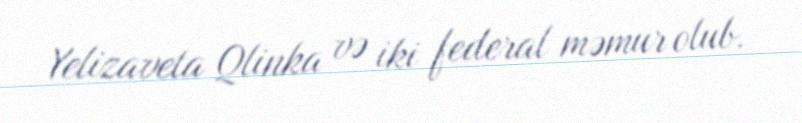
Yelizaveta Qlinka və iki federal məmur olub.